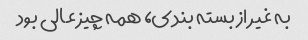
به غیر از بسته بندی، همه چیز عالی بود